Annual report of the Punjab Veterinary College and of the Civil Veterinary Department, Punjab - 1920-1925
Year: 1920
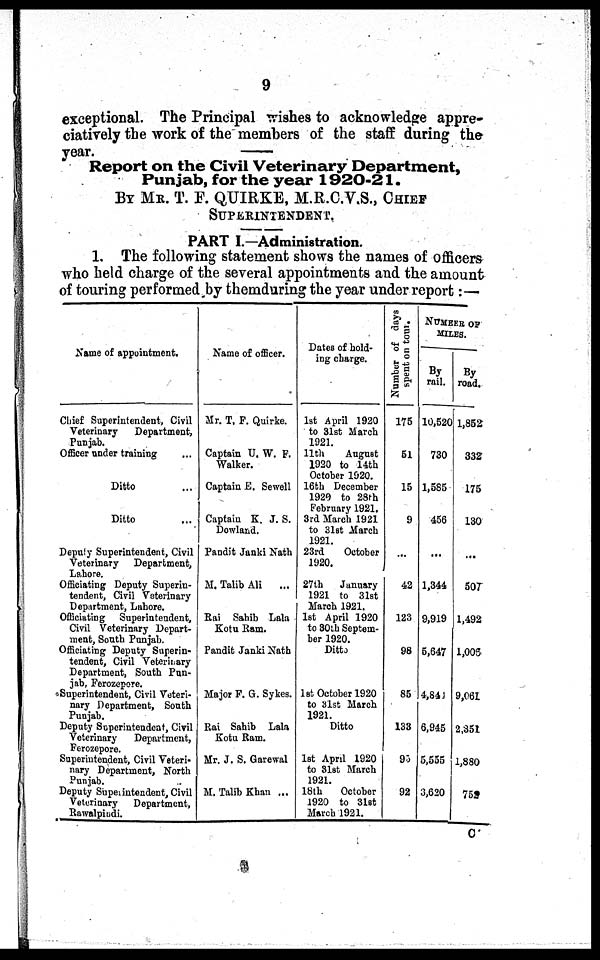
9
exceptional. The Principal wishes to acknowledge appre-
ciatively the work of the members of the staff during the
year.
Report on the Civil Veterinary Department,
Punjab, for the year 1920-21.
BY MR. T. F. QUIRKE, M.R.C.V.S., CHIEF
SUPERINTENDENT.
PART I.—Administration.
1. The following statement shows the names of officers
who held charge of the several appointments and the amount
of touring performed by themduring the year under report:—
Name of appointment.
Chi ef Superintendent, Civil
Veterinary Department,
Punjab.
Offi cer under training
Ditto
Ditto
Deput y Superintendent, Civil
Veterinary Department,
Lahore.
Offi ci at i ng Deput y Superin-
tendent, Civil Veterinary
Department, Lahore.
Offi ci at i ng Superintendent,
Ci vi l Veterinary Depart-
ment, Sout h Punjab.
Offi ci at i ng Deput y Superin-
tendent, Civil Veterinary
Department, Sout h Pun-
jab, Ferozepore.
Superintendent, Civil Veteri-
nary Department, Sout h
Punjab.
Deput y Superintendent, Civil
Veterinary Department,
Ferozepore.
Superintendent, Civil Veteri-
nary Department, Nort h
Punjab.
Deput y Superintendent, Civil
Veterinary Department,
Rawalpindi.
Name of officer.
Mr. T. F. Quirke.
Captain U. W. F.
Walker.
Captain E. Sewel l
Captain K. J. S.
Dowl and.
Pandit Janki Nat h
M. Talib Ali ...
Rai Sahi b Lala
Kot u Ram.
Pandit Janki Nath
Maj or F. G. Sykes.
Rai Sahi b Lala
Kot u Ram.
Mr. J. S. Garewal
M. Talib Khan ...
Dates of hold-
ing charge.
1st April 1920
to 31st March
1921.
11t h August
1920 to 14th
Oct ober 1920.
16th December
1929 to 28th
February 1921.
3rd March 1921
to 31st March
1921.
23rd Oct ober
1920.
27t h Jaunary
1921 to 31st
March 1921.
1st April 1920
to 30th Sept em-
ber 1920.
Ditto
1st Oct ober 1920
to 31st March
1921. Ditto
1st April 1920
to 31st March
1921.
18th Oct ober
1920 to 31st
March 1921.
Number of days
spent on tour.
175
51
15
9
...
42
123
98
85
133
96
92
NUMBER OF
MI LES.
By
rail.
10, 520
730
1, 585
456
...
1, 344
9, 919
5, 647
4, 841
6, 945
5, 555
3, 620
By
road.
1, 852
332
175
130
507
1, 492
1, 005
9, 061
2, 351
1, 880
759
C